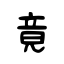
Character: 竟